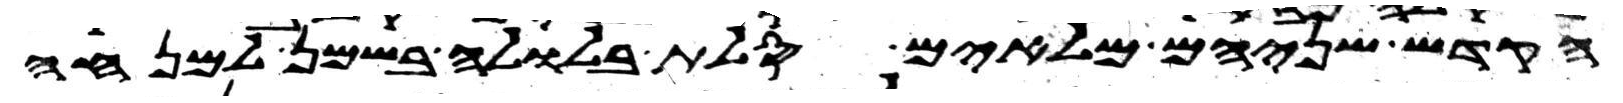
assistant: הקדש שניהם מלאים סלת בלולה בשמן למנחה